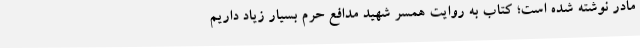
مادر نوشته شده است؛ کتاب به روایت همسر شهید مدافع حرم بسیار زیاد داریم